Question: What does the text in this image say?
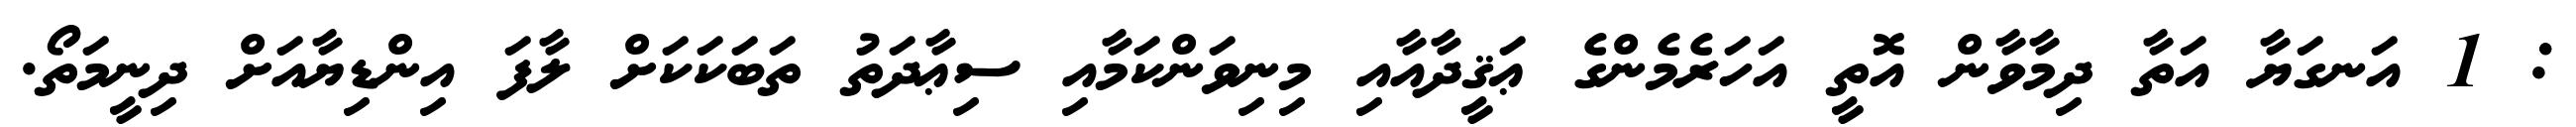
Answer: : 1 އަނގަޔާ އަތާ ދިމާވާން އޮތީ އަހަރެމެންގެ ޢަޤީދާއާއި މިނިވަންކަމާއި ސިޢާދަތު ތަބަކަކަށް ލާފަ އިންޑިޔާއަށް ދިނީމަތޯ.